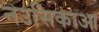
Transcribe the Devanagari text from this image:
नउसिकाआ